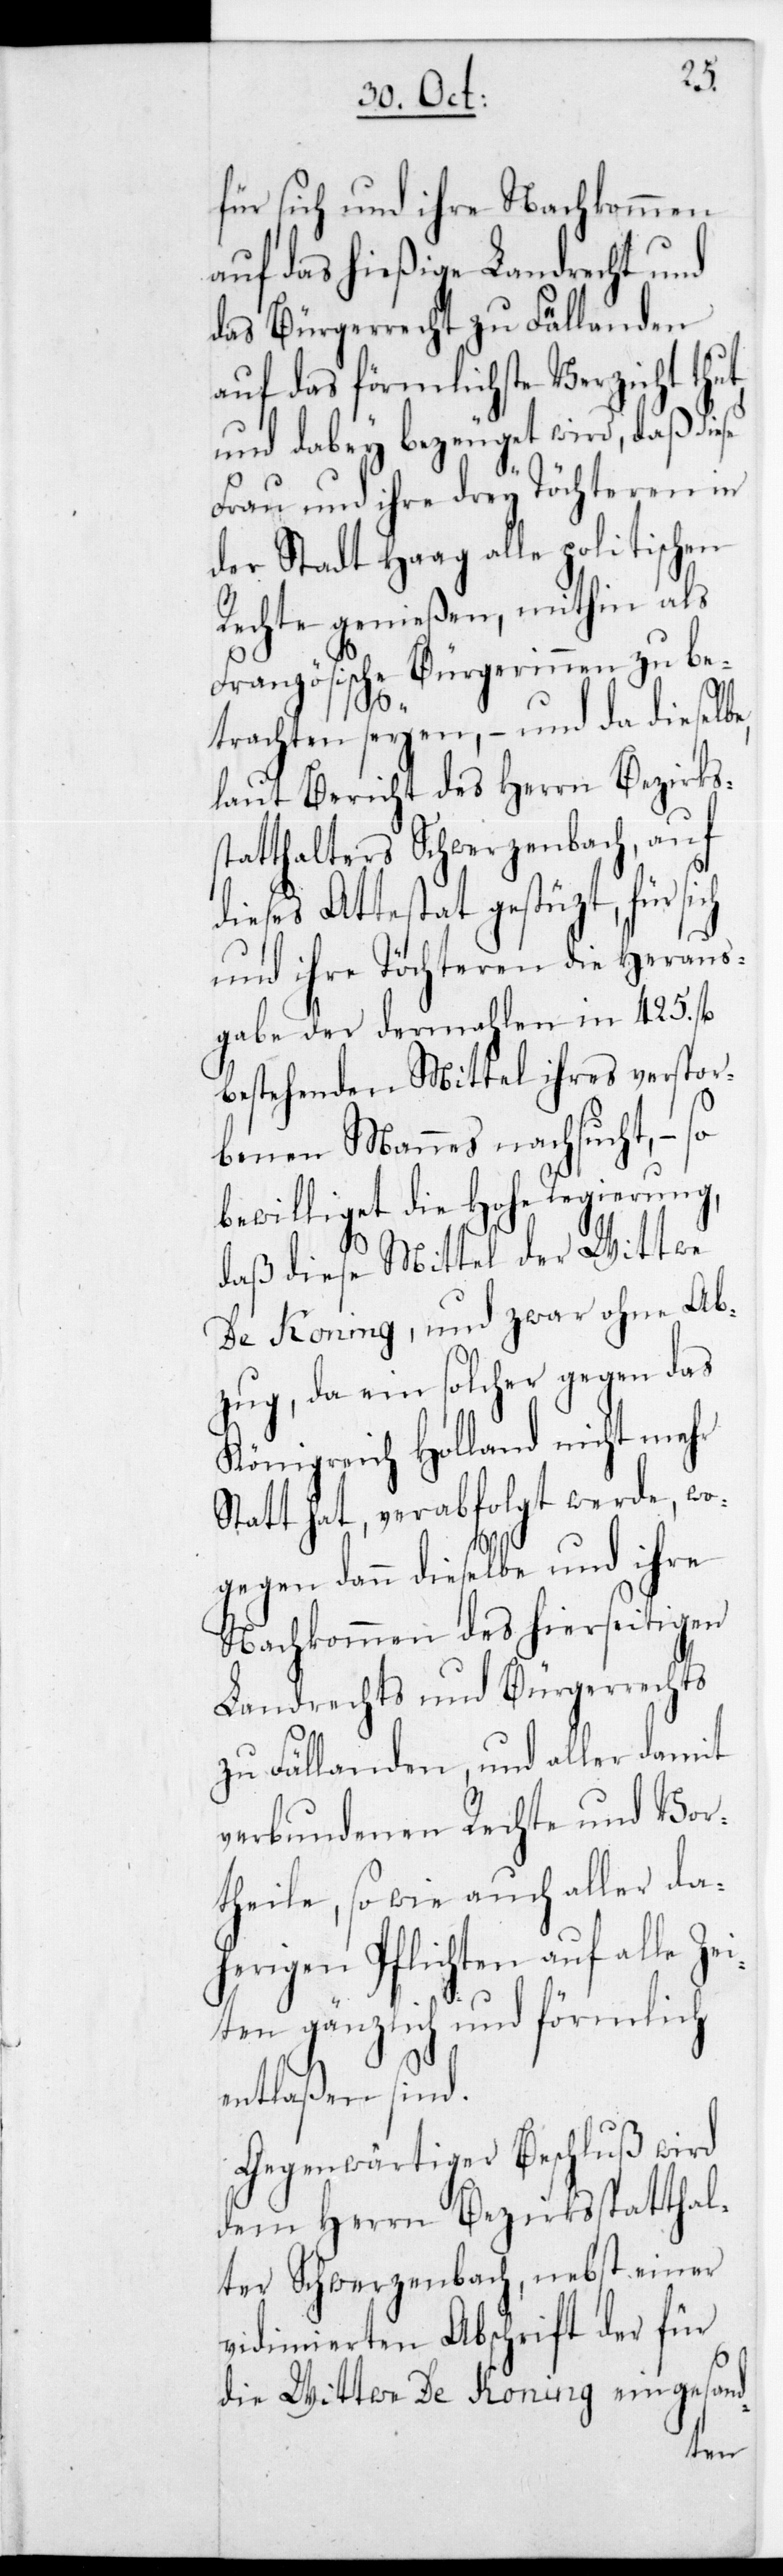
ch
für sich und ihre Nachk¬
auf das hießige Landrecht und
das Bürgerrecht zu Fällanden
auf das förmlichste Verzicht thut,
und dabey bezeuget wird, daß di¬
Frau und ihre drey Töchteren in
der Stadt Haag alle politischen
Rechte genießen, mithin als
Französische Bürgerinnen zu be¬
trachten seyen, – und da dieselbe
laut Bericht des Herrn Bezirks¬
statthalters Schwerzenbach, auf
dieses Attestat gestützt, für si¬
und ihre Töchteren die Heraus¬
gabe der dermahlen in 425. fl.
bestehenden Mittel ihres verstor¬
benen Mannes nachsucht, – so
bewilliget die Hohe Regierung,
daß diese Mittel der Wittwe
De Koning, und zwar ohne Ab¬
zug, da ein solcher gegen das
Königreich Holland nicht mehr
Statt hat, verabfolgt werde, wo¬
gegen dann dieselbe und ihre
Nachkommen des hierseitigen
Landrechts und Bürgerrechts
zu Fällanden, und aller damit
verbundenen Rechte und Vor¬
theile, sowie auch aller da¬
herigen Pflichten auf alle Ze¬
iten gänzlich und förmlich
entlaßen sind.
Gegenwärtiger Beschluß wird
dem Herrn Bezirksstatthal¬
ter Schwerzenbach, nebst einer
vidimierten Abschrift der für
die Wittwe De Koning eingesand-
men